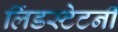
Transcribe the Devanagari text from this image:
लिंडस्टेटनी